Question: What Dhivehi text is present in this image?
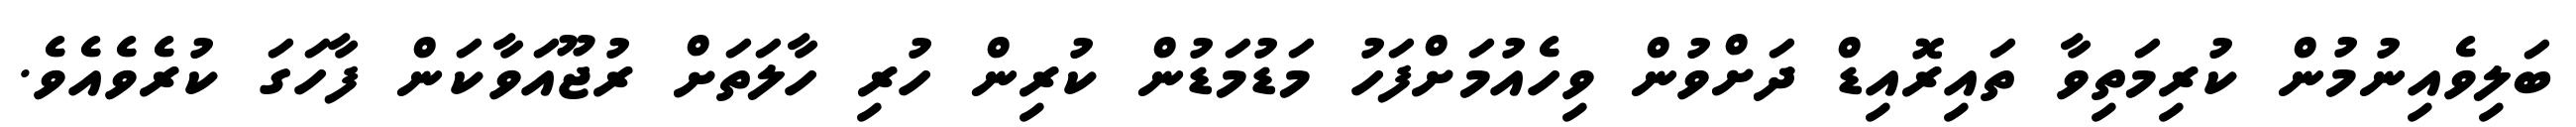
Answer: ބަލިވެއިނުމުން ކުރިމަތިވާ ތައިރޮއިޑް ދަށްވުން ވިހެއުމަށްފަހު މަޑުމަޑުން ކުރިން ހުރި ހާލަތަށް ރުޖޫއަވާކަން ފާހަގަ ކުރެވެއެވެ.